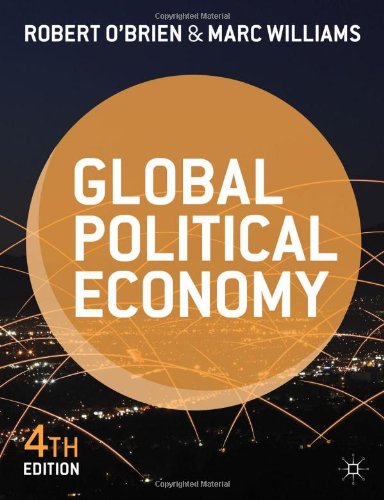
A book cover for Global Political Economy: Evolution and Dynamics; Robert O'Brien; Business & Money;